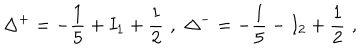
\Delta ^ { + } = - \frac { 1 } { 5 } + I _ { 1 } + \frac { 1 } { 2 } \, \, , \, \, \Delta ^ { - } = - \frac { 1 } { 5 } - I _ { 2 } + \frac { 1 } { 2 } \, \, ,